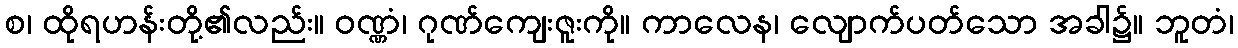
စ၊ ထိုရဟန်းတို့၏လည်း။ ဝဏ္ဏံ၊ ဂုဏ်ကျေးဇူးကို။ ကာလေန၊ လျောက်ပတ်သော အခါ၌။ ဘူတံ၊